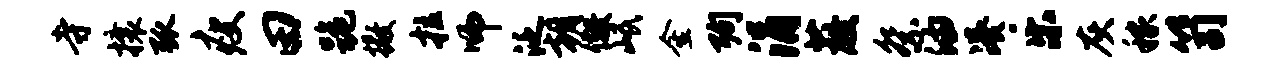
寺攘弧瘦田跪撒拉师泛朝儆岷金殉涓蔽祭油凑乐灰稼笥